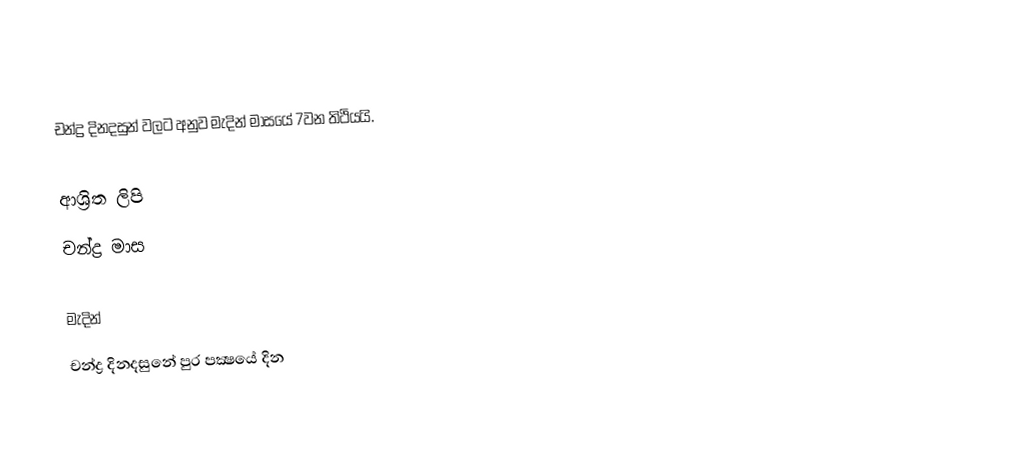
චන්ද්‍ර දිනදසුන් වලට අනුව මැදින් මාසයේ 7වන තිථියයි.

ආශ්‍රිත ලිපි
 චන්ද්‍ර මාස

මැදින්
චන්ද්‍ර දිනදසුනේ පුර පක්‍ෂයේ දින